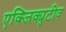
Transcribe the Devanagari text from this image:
एक्जिक्युटीव